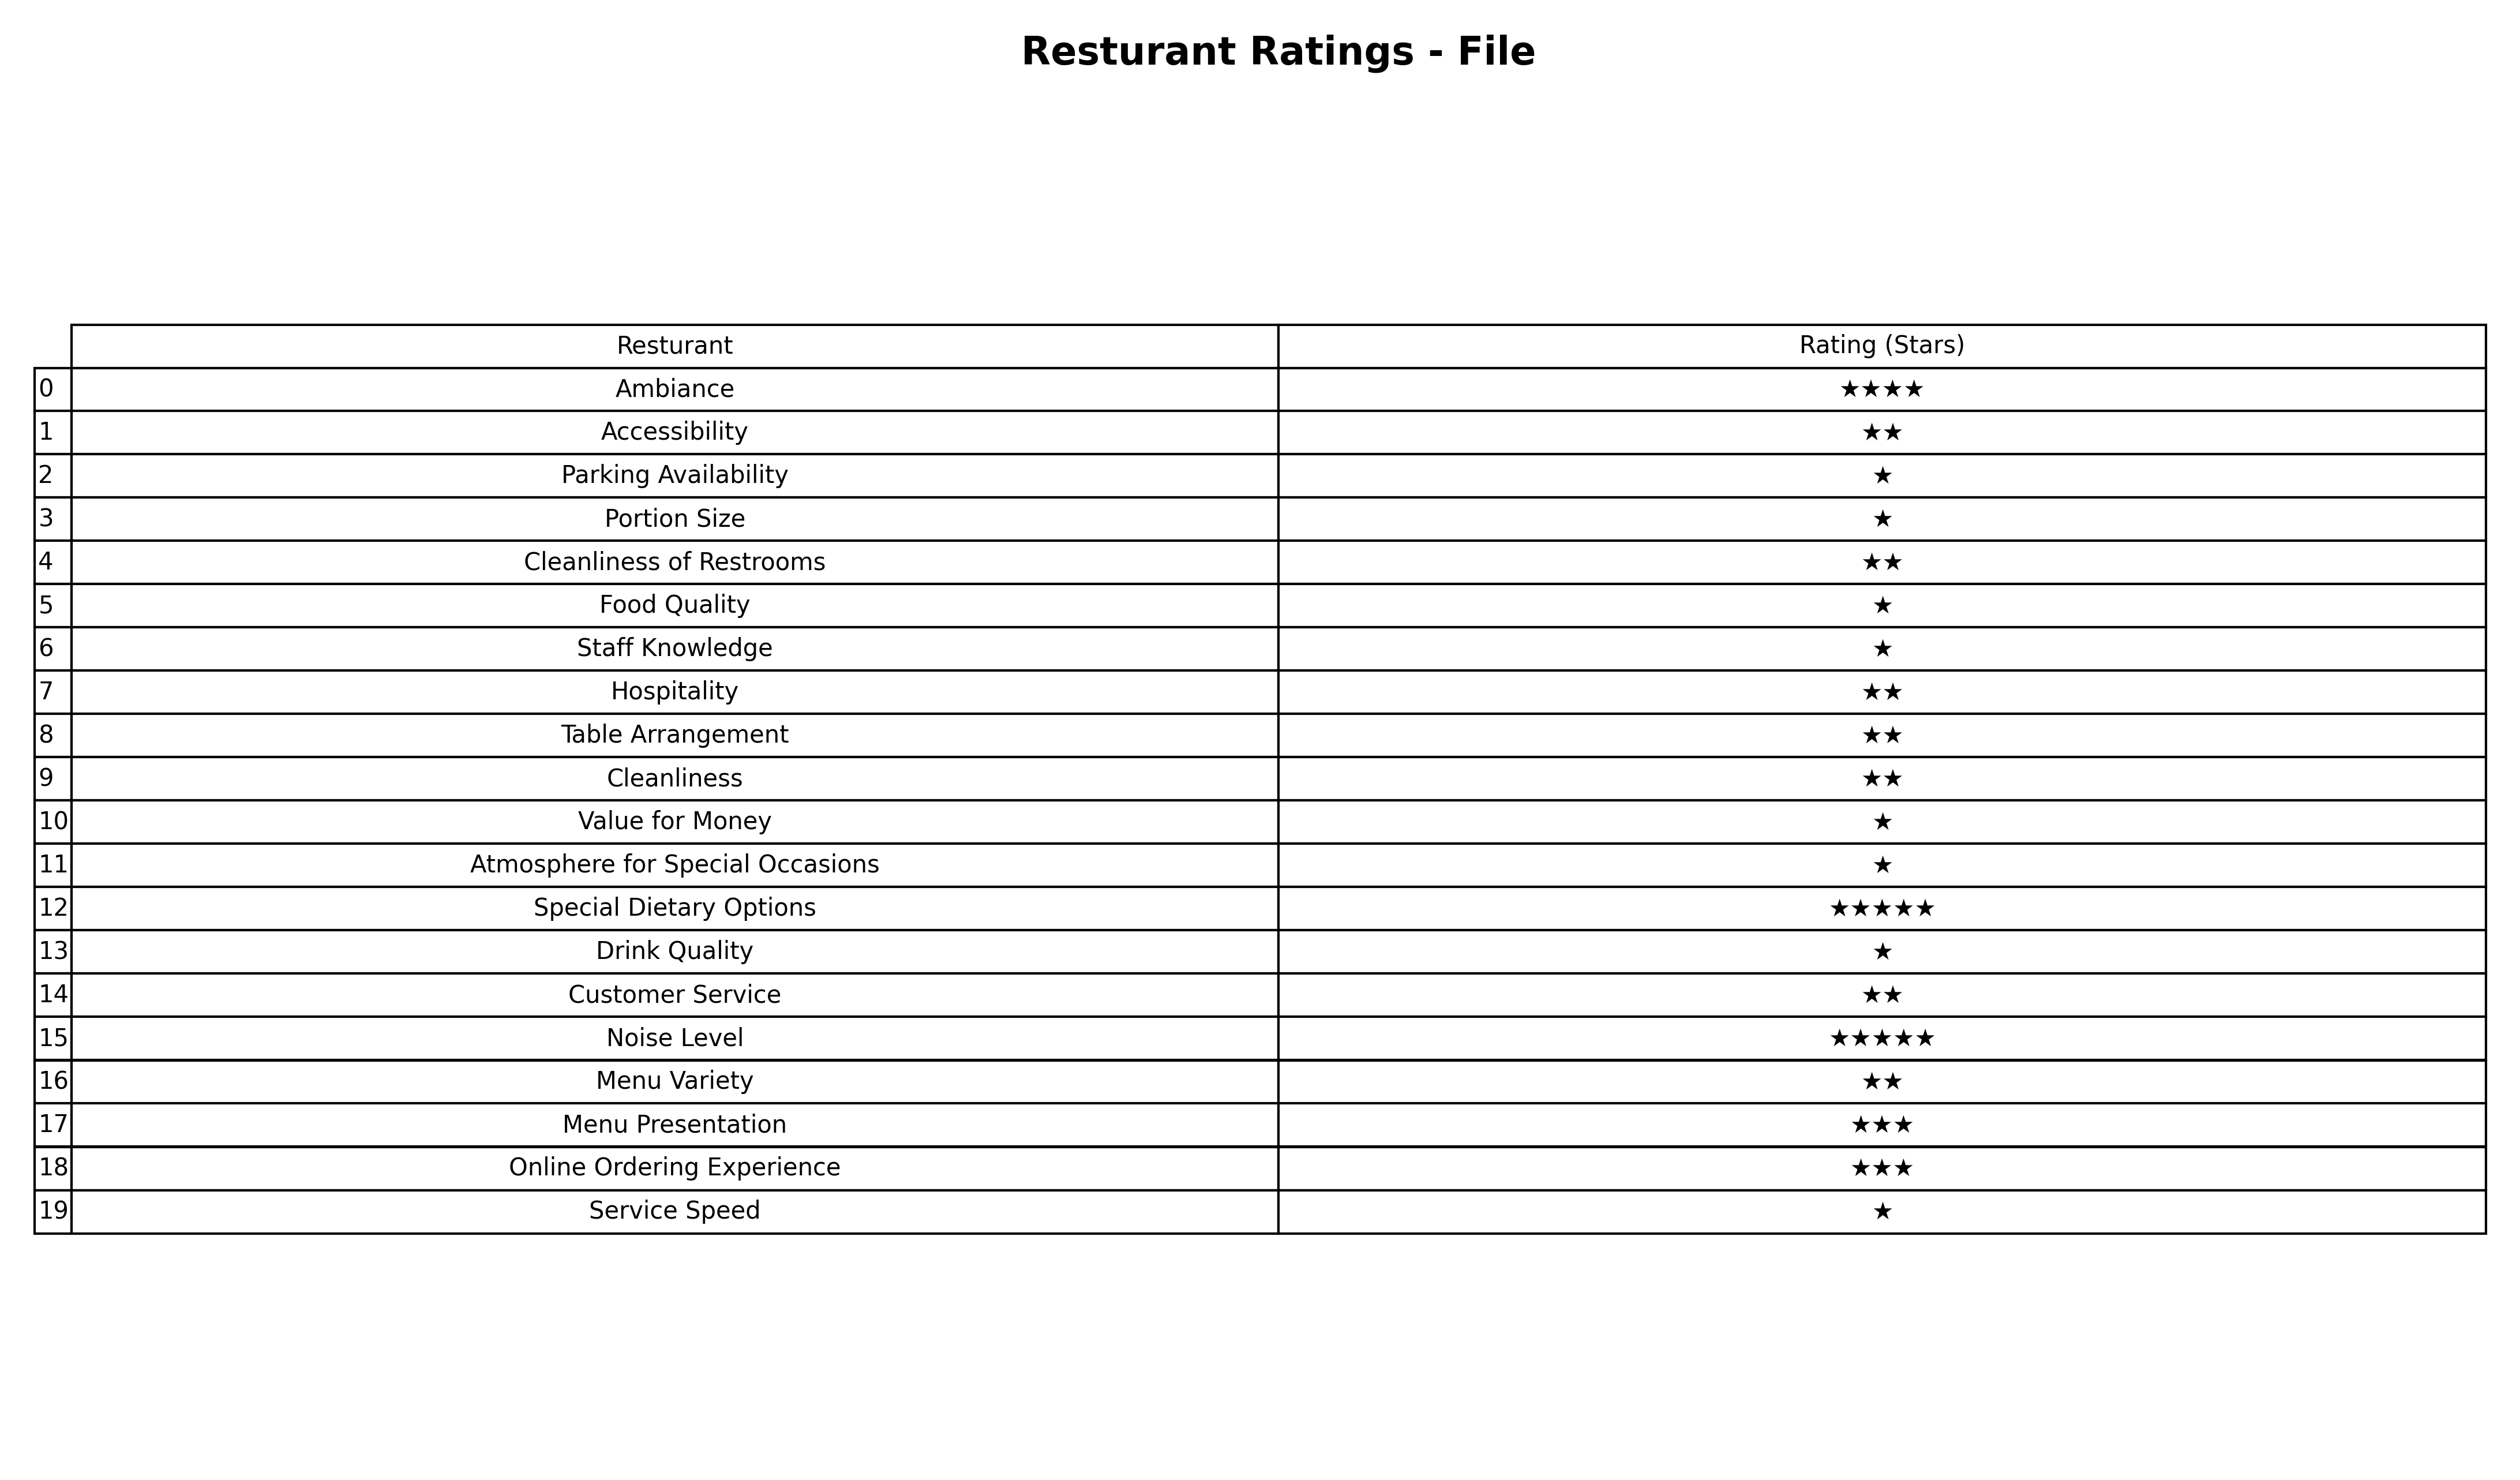
question: What is the rating of Menu Presentation?
answer: ★★★